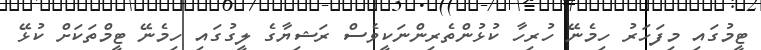
ޓީމުގައި މިފަހަރު ހިމެނޭ ހުރިހާ ކުޅުންތެރިންނަކީވެސް ރަޝިޔާގެ ލީގުގައި ހިމެނޭ ޓީމްތަކަށް ކުޅޭ